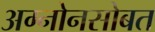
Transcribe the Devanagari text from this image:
अग्नोनसोबत